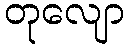
တုလျော